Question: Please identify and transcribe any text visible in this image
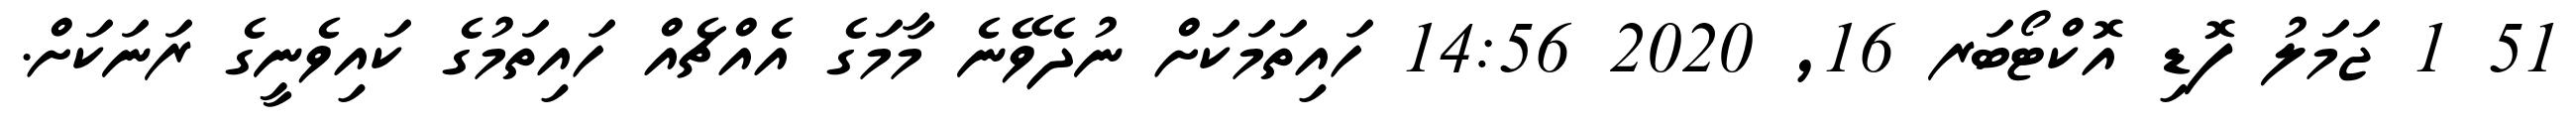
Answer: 51 1 ޖަމަލު ފޮޑި އޮކްޓޯބަރ 16, 2020 14:56 ހައިތަމަކަށް ނުދެވޭނެ މާމަގެ އެއްޗެއް ހައިތަމުގެ ކައިވެނީގެ ރަނަކަށް.